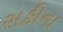
સકીના